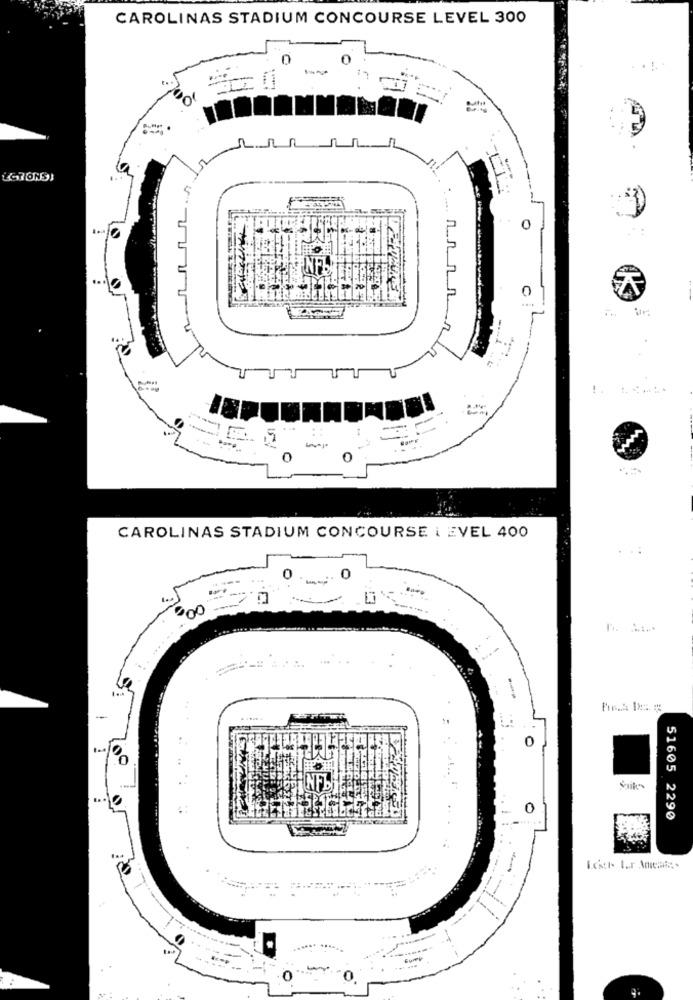
CAROLINAS STADIUM CONCOURSE LEVEL 300
-
CAROLINAS STADIUM CONCOURSE I EVEL 400
0
800
-
0
0
51605 2290